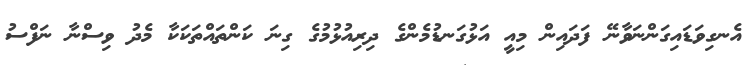
އެނގިވަޑައިގަންނަވާނޭ ފަދައިން މިއީ އަޅުގަނޑުމެންގެ ދިރިއުޅުމުގެ ގިނަ ކަންތައްތަކަކާ މެދު ވިސްނާ ނަފްސު